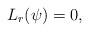
LaTeX: \begin{align*} L_r(\psi)=0,\end{align*}